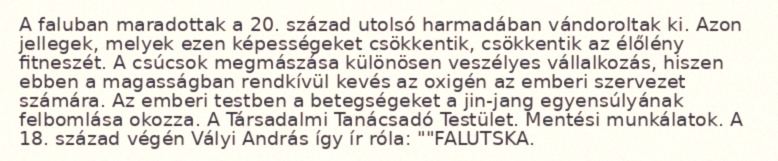
A faluban maradottak a 20. század utolsó harmadában vándoroltak ki. Azon jellegek, melyek ezen képességeket csökkentik, csökkentik az élőlény fitneszét. A csúcsok megmászása különösen veszélyes vállalkozás, hiszen ebben a magasságban rendkívül kevés az oxigén az emberi szervezet számára. Az emberi testben a betegségeket a jin-jang egyensúlyának felbomlása okozza. A Társadalmi Tanácsadó Testület. Mentési munkálatok. A 18. század végén Vályi András így ír róla: ""FALUTSKA.